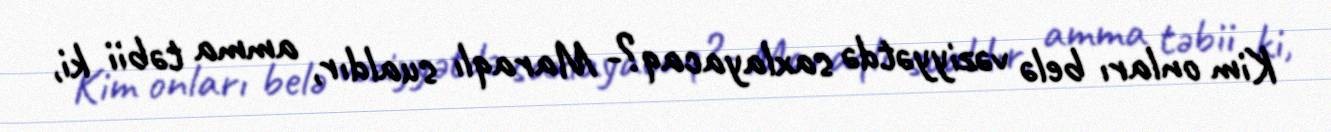
Kim onları belə vəziyyətdə saxlayacaq?- Maraqlı sualdır, amma təbii ki,